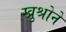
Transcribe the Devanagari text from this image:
खुश्रोने